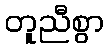
တူညီစွာ